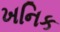
ખનિક